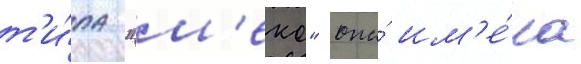
т'и́па "м'еко" она́ им'е́ла